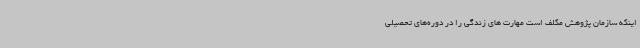
اینکه سازمان پژوهش مکلف است مهارت های زندگی را در دوره‌های تحصیلی